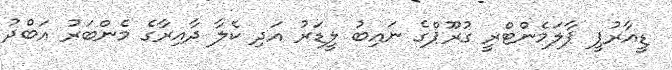
ޑީއާރުޕީ ޕާލަމެންޓްރީ ގުރޫޕްގެ ނައިބު ލީޑަރު އަދި ކެލާ ދާއިރާގެ މެންބަރު އަބްދު